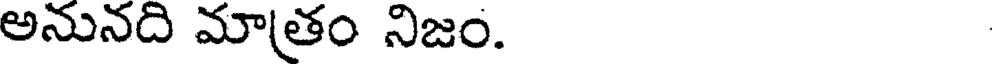
అనునది మాతం నిజం.